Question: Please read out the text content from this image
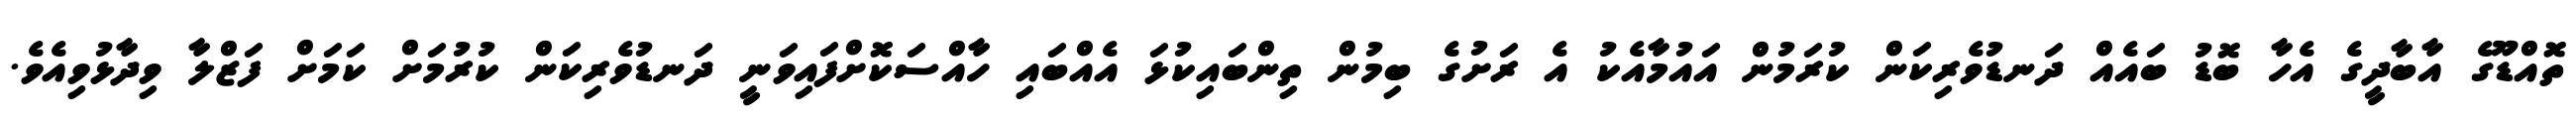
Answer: ތޮއްޑޫގެ އާބާދީގެ އެހާ ބޮޑު ބައެއް ދަނޑުވެރިކަން ކުރަމުން އައުމާއެކު އެ ރަށުގެ ބިމުން ތިންބައިކުޅަ އެއްބައި ހާއްސަކޮށްފައިވަނީ ދަނޑުވެރިކަން ކުރުމަށް ކަމަށް ފަޒްލާ ވިދާޅުވިއެވެ.